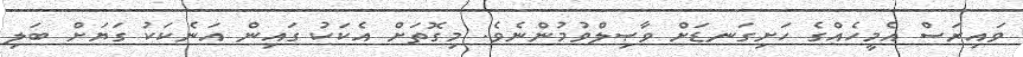
ވައިރަސް އެމީހެއްގެ ހަށިގަނޑަށް ވާޞިލްވުމުންނެވެ. މިގޮތަށް އެކަކު ގައިން އަނެކަކު ގަޔަށް ބަލި